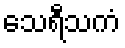
သေရီသကံ